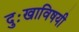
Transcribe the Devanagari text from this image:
दुःखाविषयी